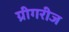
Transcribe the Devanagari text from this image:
ग्रीगरीज